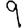
Digit: 9